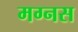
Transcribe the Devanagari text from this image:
मग्नस